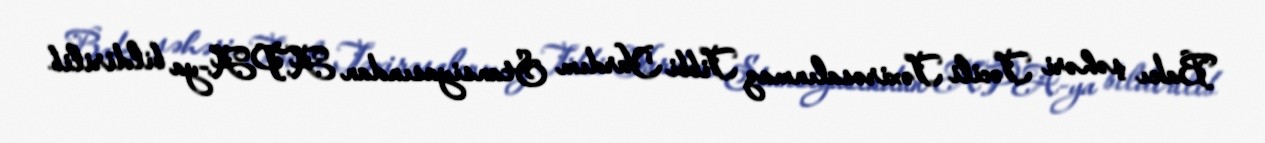
Bakı şəhəri Təcili Təxirəsalınmaz Tibbi Yardım Stansiyasından APA-ya bildirilib